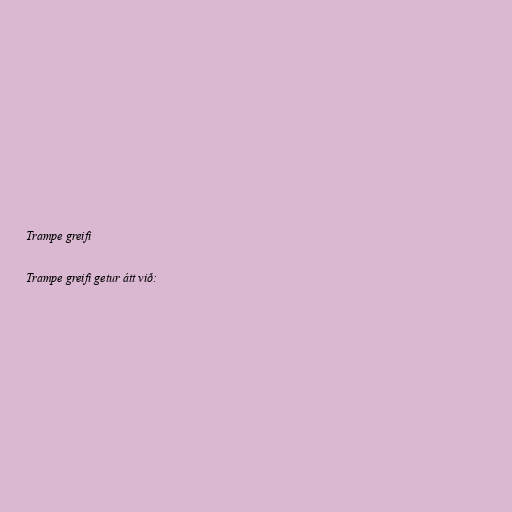
Trampe greifi

Trampe greifi getur átt við: